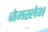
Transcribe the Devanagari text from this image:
जेमस्लेभ